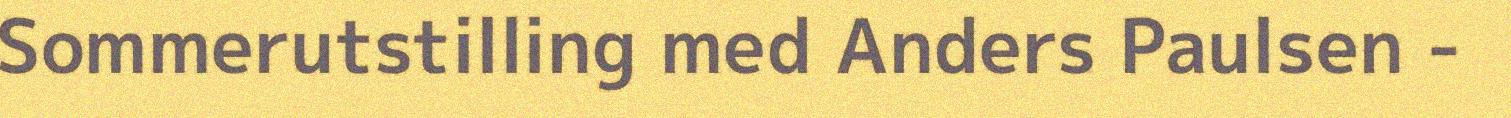
Sommerutstilling med Anders Paulsen -